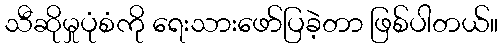
သီဆိုမှုပုံစံကို ရေးသားဖော်ပြခဲ့တာ ဖြစ်ပါတယ်။